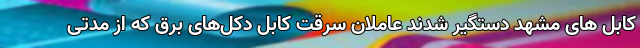
کابل های مشهد دستگیر شدند عاملان سرقت کابل دکل‌های برق که از مدتی